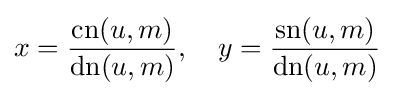
x={\frac {\operatorname {cn} (u,m)}{\operatorname {dn} (u,m)}},\quad y={\frac {\operatorname {sn} (u,m)}{\operatorname {dn} (u,m)}}